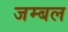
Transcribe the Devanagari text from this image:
जम्‍बल